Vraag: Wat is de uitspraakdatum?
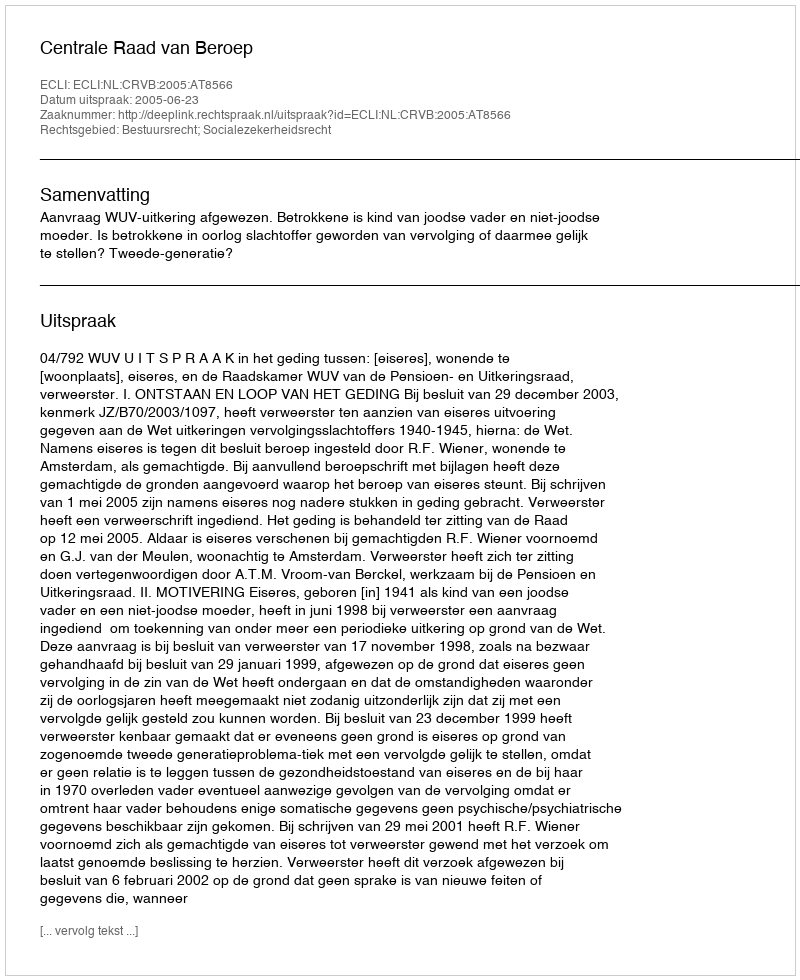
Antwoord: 2005-06-23